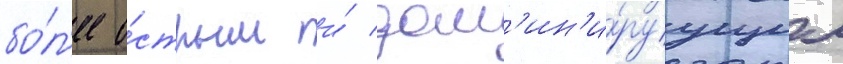
бо́л'ее о́стрым и́ дом'ин'и́руущим